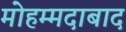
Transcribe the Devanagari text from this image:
मोहम्‍मदाबाद